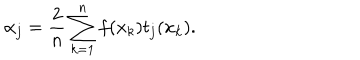
\alpha _ { j } = \frac { 2 } { n } \sum _ { k = 1 } ^ { n } f ( x _ { k } ) t _ { j } ( x _ { k } ) .